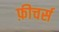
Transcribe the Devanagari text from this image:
फ़ीचर्स